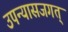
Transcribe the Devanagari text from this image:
उपन्यासजगत्